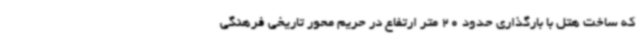
که ساخت هتل با بارگذاری حدود 20 متر ارتفاع در حریم محور تاریخی فرهنگی